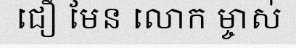
ជឿ មែន លោក ម្ចាស់